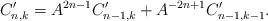
LaTeX: \begin{align*}C^{\prime}_{n,k}=A^{2n-1}C^{\prime}_{n-1,k}+A^{-2n+1}C^{\prime}_{n-1,k-1}.\end{align*}